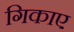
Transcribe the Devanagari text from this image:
गिकाए